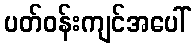
ပတ်ဝန်းကျင်အပေါ်